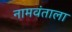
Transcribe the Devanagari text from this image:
नामवंताला